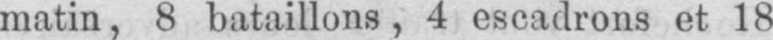
matin, 8 bataillons, 4 escadrons et 18